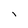
Character: i